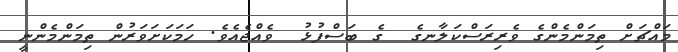
މައްޗަށް ތިމަންމެންގެ ވެރިރަސްކަލާނގެ  ގެ ބަސްފުޅު  ވެއްޖެއެވެ. ހަމަކަށަވަރުން ތިމަންމެންނީ